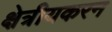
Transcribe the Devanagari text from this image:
क्षेत्रीयकरन